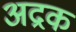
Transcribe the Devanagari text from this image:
अद्रक